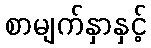
စာမျက်နှာနှင့်